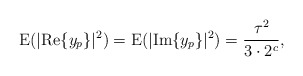
\begin{align*}\mathrm{E}(|\mathrm{Re}\{y_p\}|^2)=\mathrm{E}(|\mathrm{Im}\{y_p\}|^2)=\frac{\tau^2}{3\cdot 2^c},\end{align*}